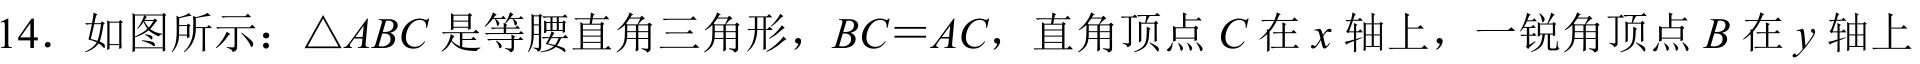
14. 如图所示：$\triangle ABC$是等腰直角三角形，$BC = AC$，直角顶点$C$在$x$轴上，一锐角顶点$B$在$y$轴上